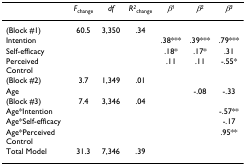
|  | Fchange | df | R2change | β1 | β2 | β3 |
 | --- | --- | --- | --- | --- | --- | --- |
 | (Block #1) | 60.5 | 3,350 | .34 |  |  |  |
 | Intention |  |  |  | .38*** | .39*** | .79*** |
 | Self-efficacy |  |  |  | .18* | .17* | .31 |
 | Perceived Control |  |  |  | .11 | .11 | -.55* |
 | (Block #2) | 3.7 | 1,349 | .01 |  |  |  |
 | Age |  |  |  |  | -.08 | -.33 |
 | (Block #3) | 7.4 | 3,346 | .04 |  |  |  |
 | Age*Intention |  |  |  |  |  | -.57** |
 | Age*Self-efficacy |  |  |  |  |  | -.17 |
 | Age*Perceived Control |  |  |  |  |  | .95** |
 | Total Model | 31.3 | 7,346 | .39 |  |  |  |